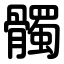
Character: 髑